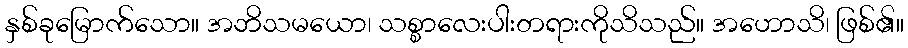
နှစ်ခုမြောက်သော။ အဘိသမယော၊ သစ္စာလေးပါးတရားကိုသိသည်။ အဟောသိ၊ ဖြစ်၏။